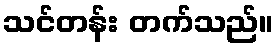
သင်တန်း တက်သည်။